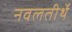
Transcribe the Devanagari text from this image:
नवलतीर्थे